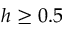
h \geq 0 . 5